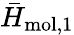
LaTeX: {\bar{H}}_{\mathrm{mol},1}